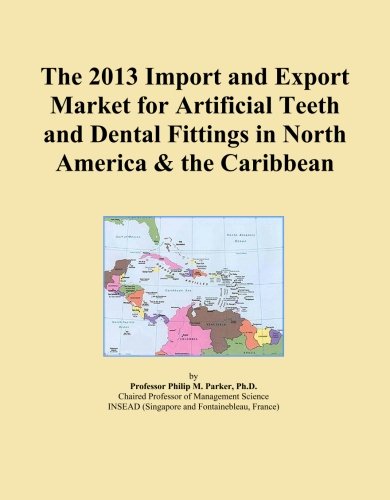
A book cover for The 2013 Import and Export Market for Artificial Teeth and Dental Fittings in North America & the Caribbean; Icon Group International; Medical Books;